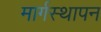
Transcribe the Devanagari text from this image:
मार्गस्थापन